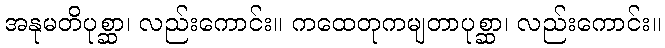
အနုမတိပုစ္ဆာ၊ လည်းကောင်း။ ကထေတုကမျတာပုစ္ဆာ၊ လည်းကောင်း။